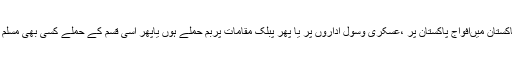
سعودی عرب میں مساجد ،امام بارگاہوں میں خودکش حملے ہوں یا پھر پاکستان میںافواج پاکستان پر ،عسکری وسول اداروں پر یا پھر پبلک مقامات پربم حملے ہوں یاپھر اسی قسم کے حملے کسی بھی مسلم ملک میں ان سب کے پیچھے دشمن اسلام کا ہی ہاتھ کرفرما نظر آتا ہے ۔